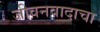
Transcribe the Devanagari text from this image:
जीवनवादाचा